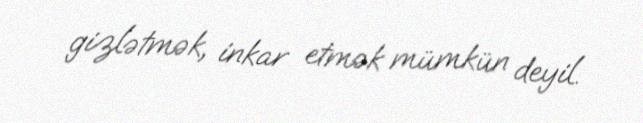
gizlətmək, inkar etmək mümkün deyil.